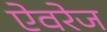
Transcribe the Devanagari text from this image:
ऐवरेज